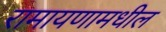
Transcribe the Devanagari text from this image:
रामायणामधील